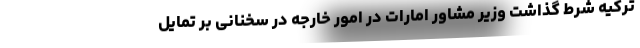
ترکیه شرط گذاشت وزیر مشاور امارات در امور خارجه در سخنانی بر تمایل